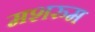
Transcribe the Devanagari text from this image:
मशरुम